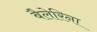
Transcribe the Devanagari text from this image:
बैलेरिना